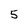
Character: 5